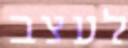
לעצב